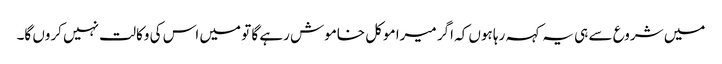
میں شروع سے ہی یہ کہہ رہا ہوں کہ اگر میرا موکل خاموش رہے گا تو میں اس کی وکالت نہیں کروں گا۔